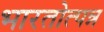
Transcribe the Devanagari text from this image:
भारतोत्पन्न